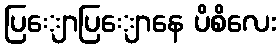
ပြျောပြျောနေ ပိစိလေး